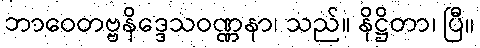
ဘာဝေတဗ္ဗနိဒ္ဒေသဝဏ္ဏနာ၊ သည်။ နိဋ္ဌိတာ၊ ပြီ။